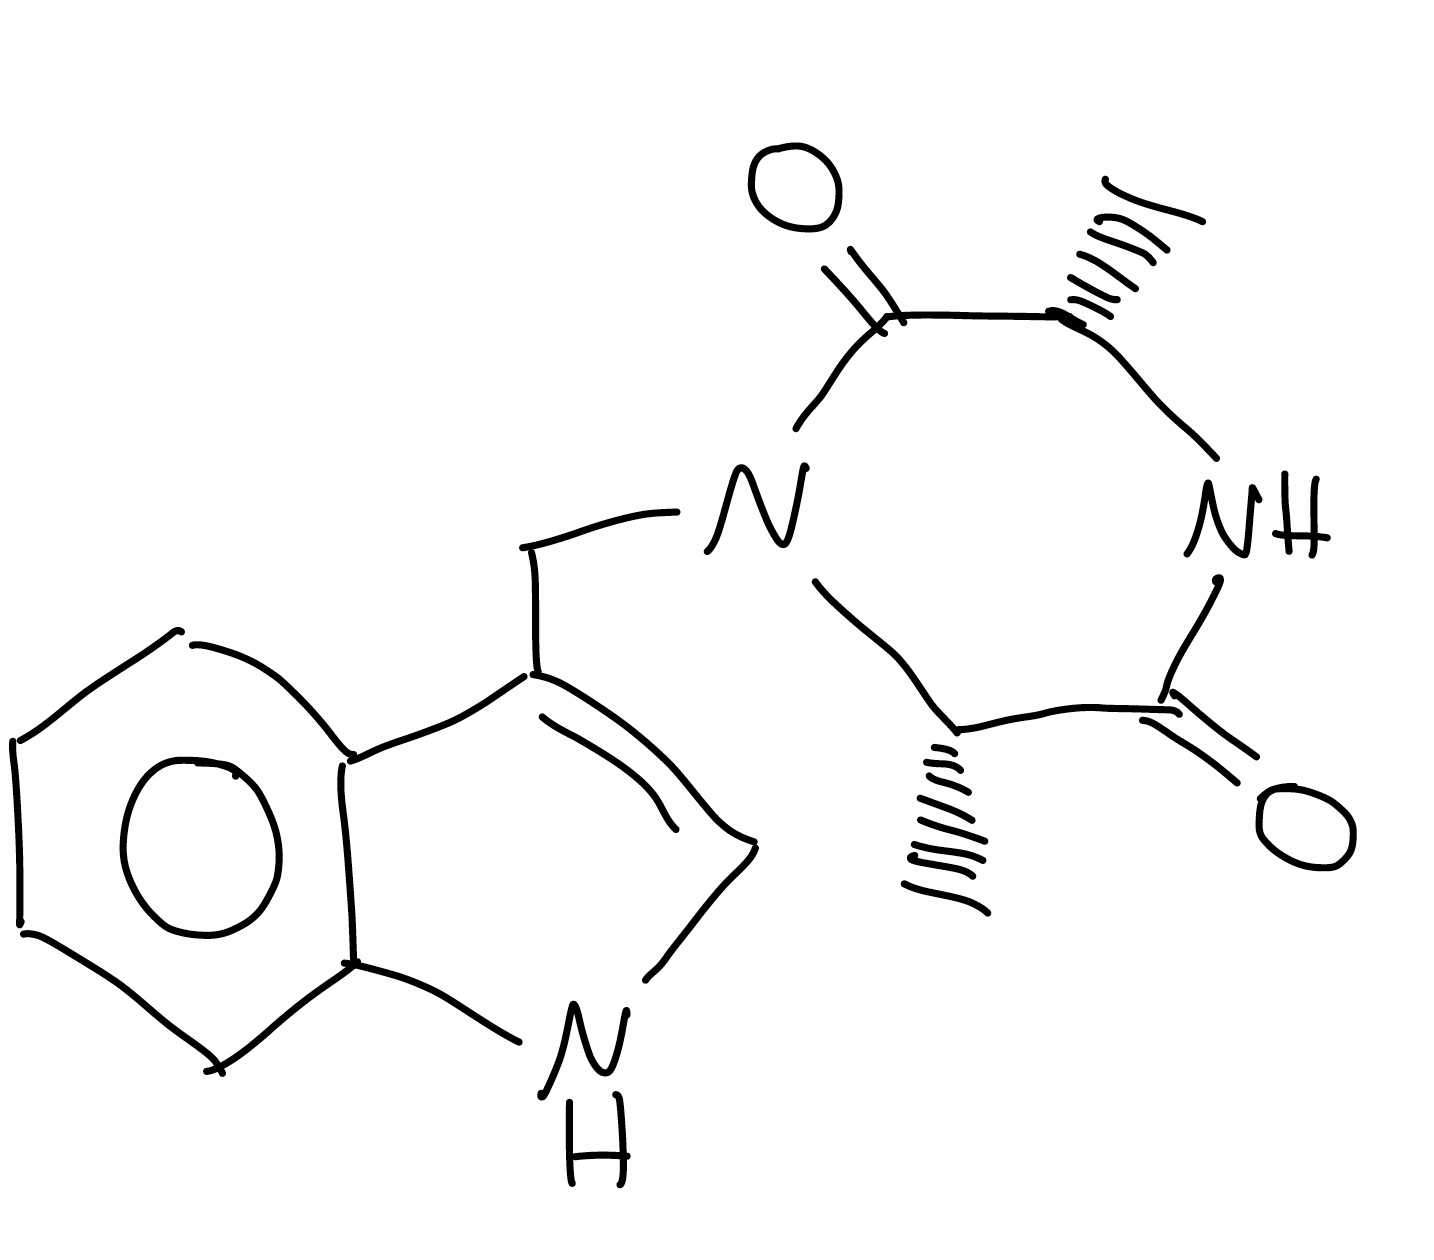
Simplified molecular-input line-entry system (SMILES) notation of the given molecule:
C[C@H]1C(=O)N([C@H](C(=O)N1)C)CC2=CNC3=CC=CC=C32